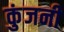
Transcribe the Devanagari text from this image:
कुंजनी